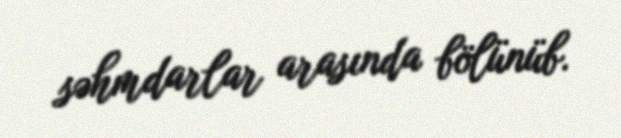
səhmdarlar arasında bölünüb.